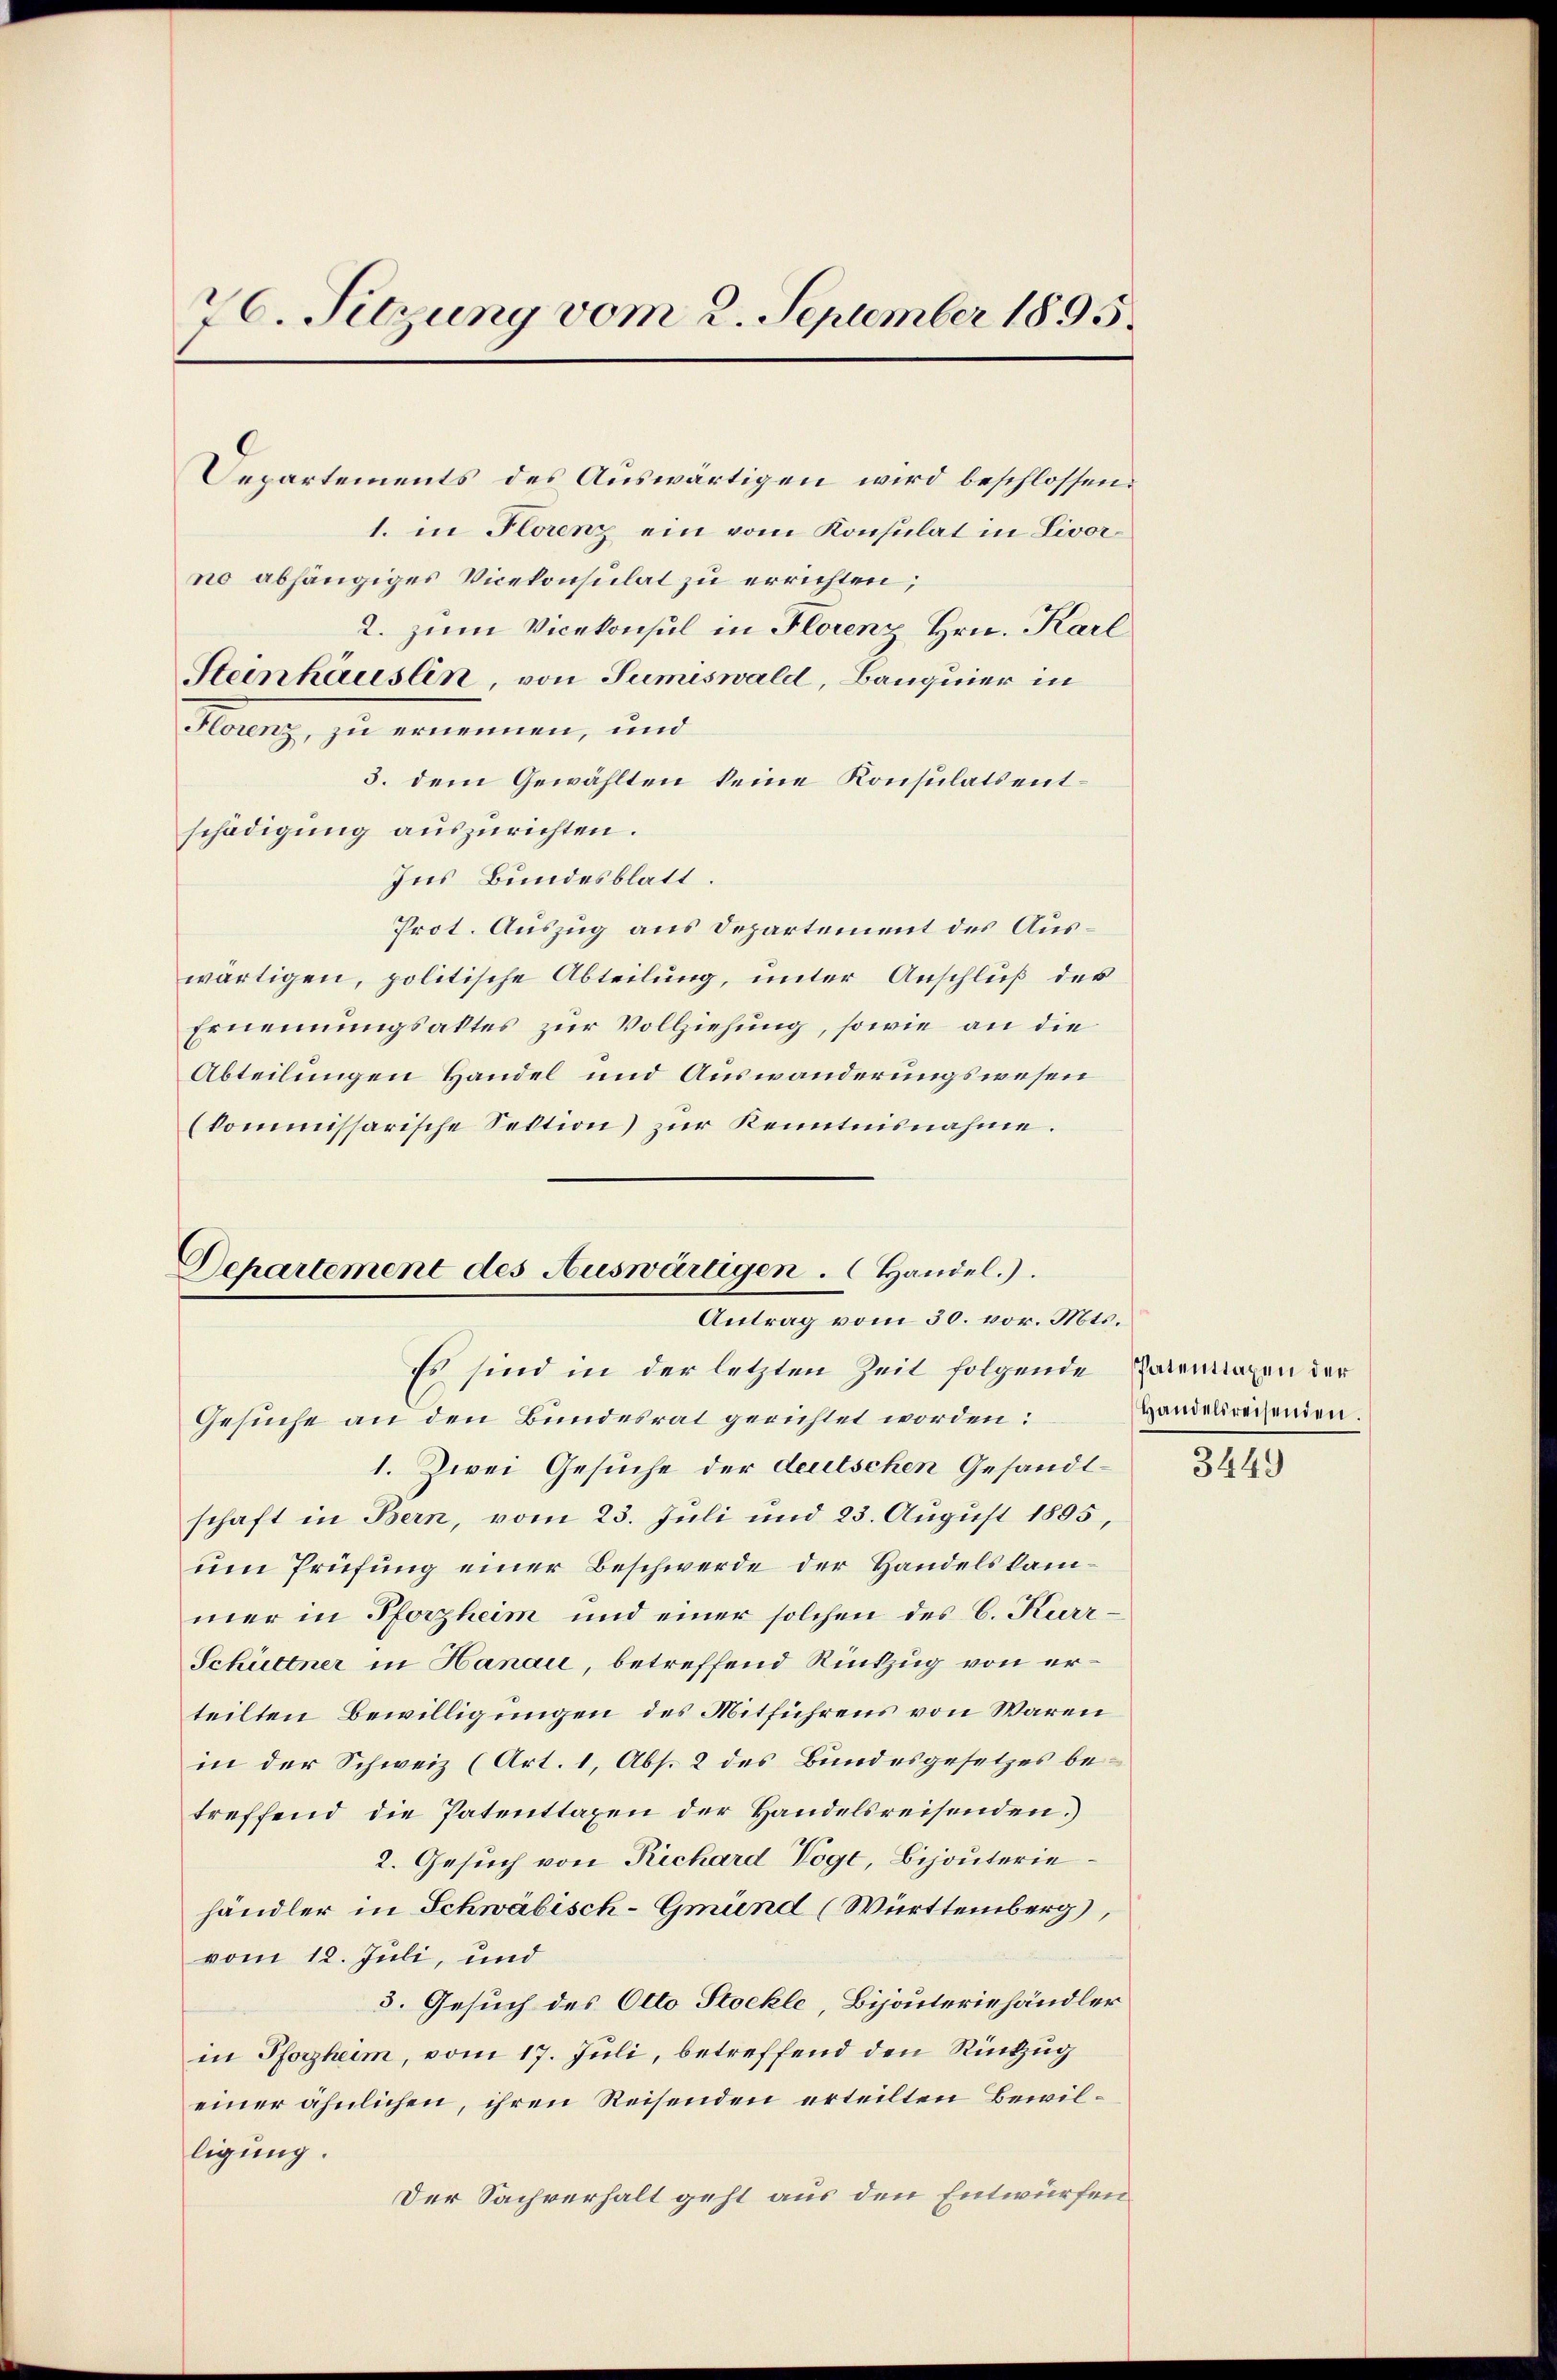
76. Sitzung vom 2. September 1895.

Departements des Auswärtigen wird beschlossen:
1. in Florenz ein vom Konsulat in Livorno abhängiges Vicekonsulat zu errichten,
2. zum Vicekonsul in Florenz Hrn. Karl
Steinhäuslin, von Sumiswald, Banquier in
3. dem Gewählten keine Konsulatsentschädigung auszurichten.
Ins Bundesblatt.
Prot. Auszug aus Departement des Auswärtigen, politische Abteilung, unter Anschluß der
Ernennungsaktes zur Vollziehung, sowie an die
Abteilungen Handel und Auswanderungswesen
(kommissarische Sektion) zur Kenntnisnahme.

Florenz, zu ernennen, und

Departement des Auswärtigen. (Handel.).
Antrag vom 30. vor. Mts.

Es sind in der letzten Zeit folgende Parentaxen der
Gesuche an den Bundesrat gerichtet worden:
1. Zwei Gesuche der deutschen Gesandtschaft in Bern, vom 23. Juli und 23. August 1895
um Prüfung einer Beschwerde der Handelskammer in Pforzheim und einer solchen des C. Kurr¬
Schüttner in Hanau, betreffend Rückzug von erteilten Bewilligungen des Mitführens von Waren
in der Schweiz (Art. 1, Abs. 2 des Bundesgesetzes betreffend die Patenttagen der Handelsreisenden.)
2. Gesuch von Richard Vogt, Bijouteriehändler in Schwäbisch-Gmünd (Württemberg),
vom 12. Juli, und
5. Gesuch des Otto Stockle, Bijouteriehändler
in Pforzheim, vom 17. Juli, betreffend den Rückzug
einer ähnlichen, ihren Reisenden erteilten Bewilligung.
Der Sachverhalt geht aus den Entwürfen

Handelsreisenden.

3449